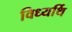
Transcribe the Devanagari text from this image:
विध्यर्थि